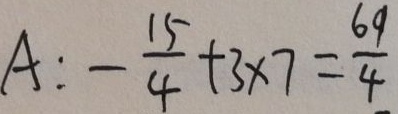
A : - \frac { 1 5 } { 4 } + 3 \times 7 = \frac { 6 9 } { 4 }